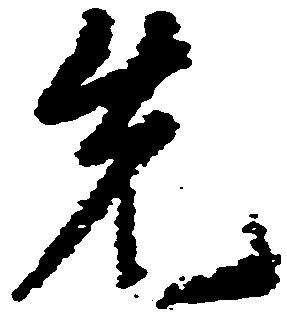
先